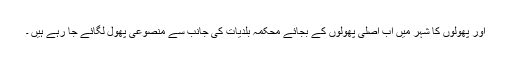
اور پھولوں کا شہر میں اب اصلی پھولوں کے بجائے محکمہ بلدیات کی جانب سے منصوعی پھول لگائے جا رہے ہیں ۔